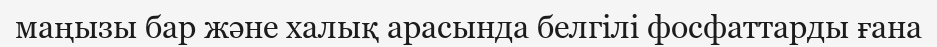
маңызы бар және халық арасында белгілі фосфаттарды ғана